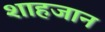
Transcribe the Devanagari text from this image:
शाहजान